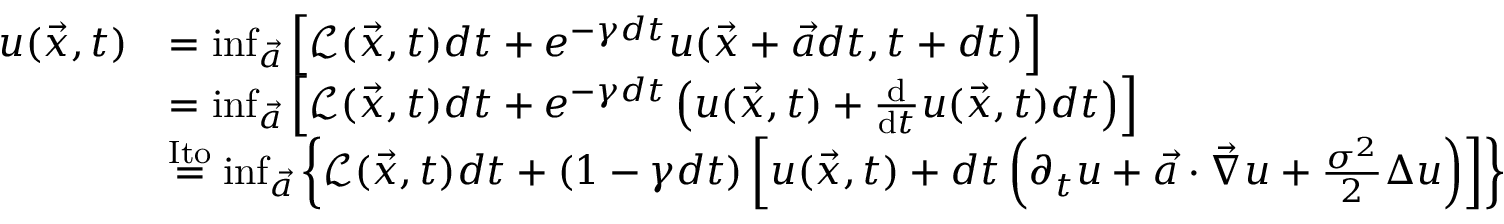
\begin{array} { r l } { u ( \vec { x } , t ) } & { = \operatorname* { i n f } _ { \vec { a } } \left[ \mathcal { L } ( \vec { x } , t ) d t + e ^ { - \gamma d t } u ( \vec { x } + \vec { a } d t , t + d t ) \right] } \\ & { = \operatorname* { i n f } _ { \vec { a } } \left[ \mathcal { L } ( \vec { x } , t ) d t + e ^ { - \gamma d t } \left( u ( \vec { x } , t ) + \frac { \mathrm { d } } { \mathrm { d } t } u ( \vec { x } , t ) d t \right) \right] } \\ & { \overset { \mathrm { I t o } } { = } \operatorname* { i n f } _ { \vec { a } } \left\{ \mathcal { L } ( \vec { x } , t ) d t + ( 1 - \gamma d t ) \left[ u ( \vec { x } , t ) + d t \left( \partial _ { t } u + \vec { a } \cdot \vec { \nabla } { u } + \frac { \sigma ^ { 2 } } { 2 } \Delta { u } \right) \right] \right\} } \end{array}